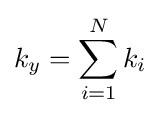
k_{y}=\sum _{i=1}^{N}k_{i}